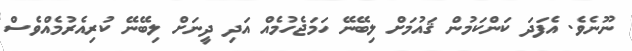
ނޫނެވެ. އެފަދަ ކަންކަމުން ޤައުމަށް ލިބޭނޭ ހަމަޖެހުމެއް އަދި ދީނަށް ލިބޭނޭ ކުރިއެރުމެއްވެސް